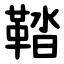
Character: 鞜